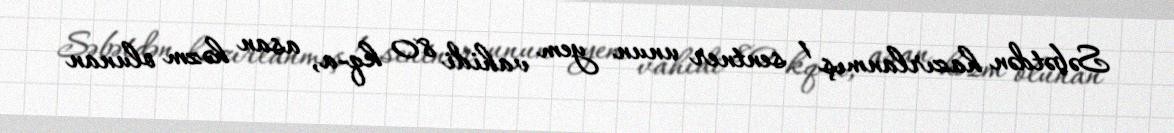
Səbətdən hazırlanmış 1 sentner unun yem vahidi 80 kq-a, asan həzm olunan